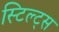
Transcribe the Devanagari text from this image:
स्टिल्ट्स